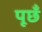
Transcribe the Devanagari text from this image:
पूछँ